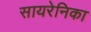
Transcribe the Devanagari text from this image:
सायरेनिका